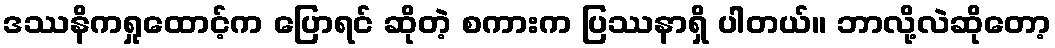
ဒဿနိကရှုထောင့်က ပြောရင် ဆိုတဲ့ စကားက ပြဿနာရှိ ပါတယ်။ ဘာလို့လဲဆိုတော့